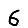
Digit: 6